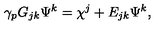
\gamma _ { p } G _ { j k } \Psi ^ { k } = \chi ^ { j } + E _ { j k } \Psi ^ { k } ,